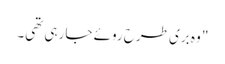
" وہ بری طرح روئے جا رہی تھی۔